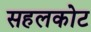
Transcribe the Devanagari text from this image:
सहलकोट